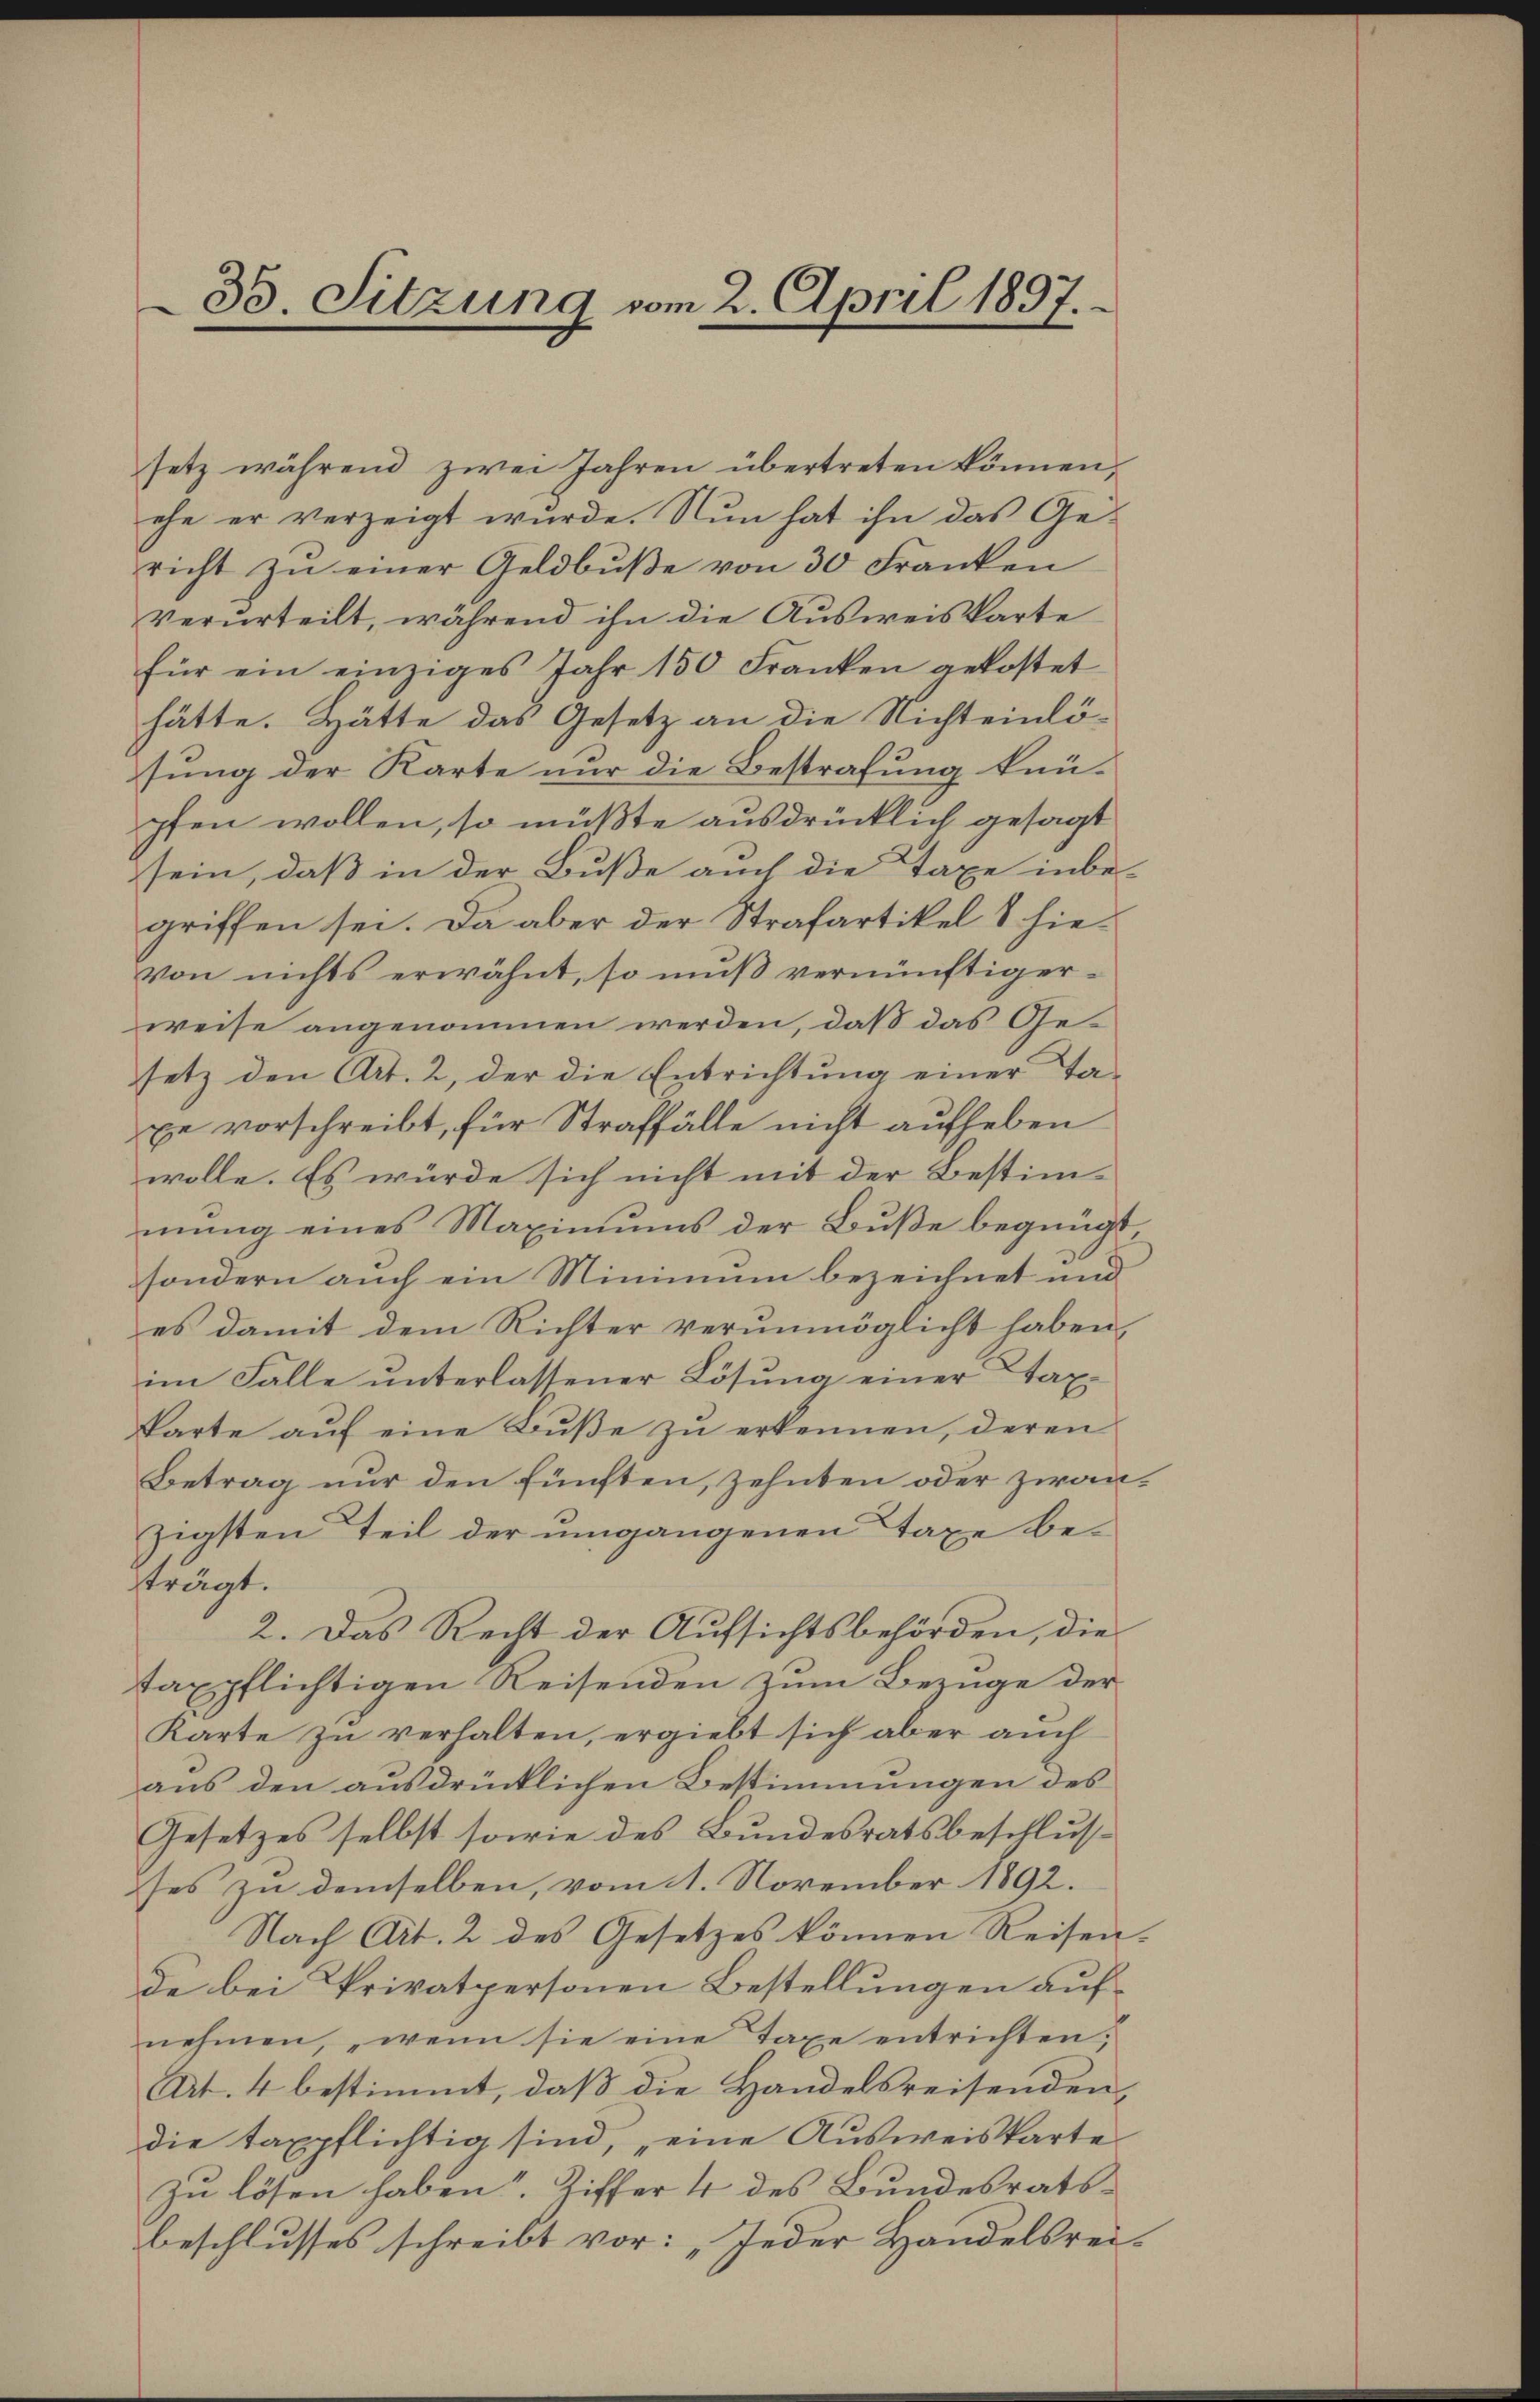
35. Sitzung vom 2. April 1897.

setz während zwei Jahren übertreten können,
ehe er verzeigt wurde. Nun hat ihn das Ge-
richt zu einer Geldbuße von 30 Franken
verurteilt, während ihn die Ausweiskarte
für ein einziges Jahr 150 Franken gekostet
hätte. Hätte das Gesetz an die Nichteinlö-
sung der Karte nur die Bestrafung knüpfen wollen, so müßte ausdrücklich gesagt
sein, daß in der Buße auch die Taxe inbe-
griffen sei. Da aber der Strafartikel & hievon nichts erwähnt, so muß vernünftigerweise angenommen werden, daß das Gesetz den Art. 2, der die Entrichtung einer Tape vorschreibt, für Straffälle nicht aufheben
wolle. Es würde sich nicht mit der Bestim-
mŭng eines Maximŭms der Bŭβe begnügt
sondern auch ein Minimum bezeichnet und
es damit dem Richter verunmöglicht haben,
im Falle ŭnterlassener Lösung einer Tax-
karte aŭf eine Bŭβe zŭ erkennen, deren
Betrag nur den fünften, zehnten oder zwanzigsten Teil der umgangenen Taxe besträgt.
2. Das Recht der Aufsichtsbehörden, die
taxpflichtigen Reisenden zum Bezüge der
Karte zu verhalten, ergiebt sich aber auch
aus den ausdrücklichen Bestimmungen des
Gesetzes selbst sowie des Bundesratsbeschlusses zu demselben, vom 1. November 1892.
Nach Art. 2 des Gesetzes können Reisen-
de bei Privatpersonen Bestellungen aufnehmen, wenn sie eine Taxe entrichten,
Art. 4 bestimmt, daß die Handelsreisenden,
die taxpflichtig sind, „eine Ausweiskarte
zu lösen haben Ziffer 4 des Bundesratsbeschlusses schreibt vor: „Jeder Handelsrei-